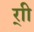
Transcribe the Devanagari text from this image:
र्‍ाी